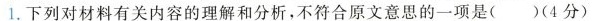
1.下列对材料有关内容的理解和分析,不符合原文意思的一项是( )(4 分)